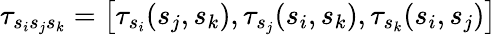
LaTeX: \tau_{s_{i}s_{j}s_{k}}=\left[\tau_{s_{i}}(s_{j},s_{k}),\tau_{s_{j}}(s_{i},s_{k}),\tau_{s_{k}}(s_{i},s_{j})\right]